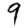
Digit: 9